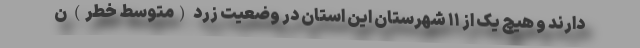
دارند و هیچ یک از ۱۱ شهرستان این استان در وضعیت زرد (متوسط خطر) ن